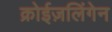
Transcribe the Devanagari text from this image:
क्रोईज़लिंगेन